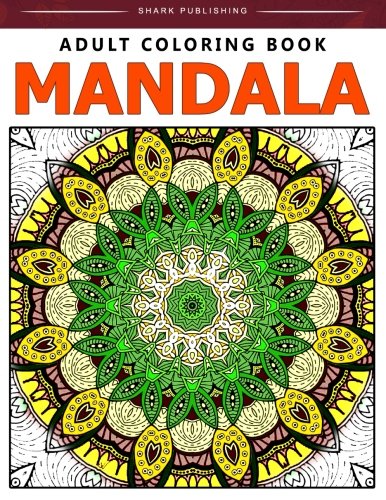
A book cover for Adult Coloring Book Mandala: Stress Relieving Patterns : Colorama Coloring books, coloring books for adults relaxation, Mandala Coloring Book (Volume 5); Adult Coloring Book Mandala; Crafts, Hobbies & Home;